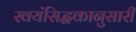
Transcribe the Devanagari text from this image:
स्वयंसिद्धकानुसारी